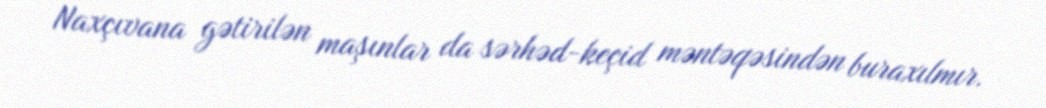
Naxçıvana gətirilən maşınlar da sərhəd-keçid məntəqəsindən buraxılmır.